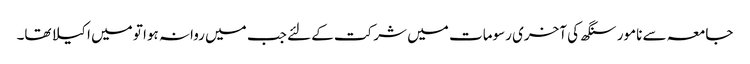
جامعہ سے نامور سنگھ کی آخری رسومات میں شرکت کے لئے جب میں روانہ ہوا تو میں اکیلا تھا۔